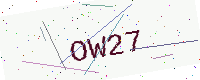
Text: OW27